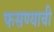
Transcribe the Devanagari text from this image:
फसण्याची